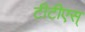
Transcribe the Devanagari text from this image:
टीटीएस्